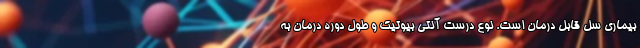
بیماری سل قابل درمان است. نوع درست آنتی بیوتیک و طول دوره درمان به